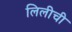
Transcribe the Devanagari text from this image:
लिलीची